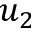
u _ { 2 }